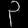
Digit: ၃